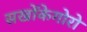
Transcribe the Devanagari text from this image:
सखोंकेगोरो